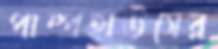
পাম্পহাউসের